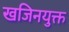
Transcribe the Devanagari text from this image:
खजिनयुक्त